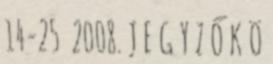
14-25 2008. J E G Y Z Ő K Ö